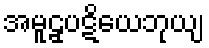
အမူဠှပဋိယေဘုယျ